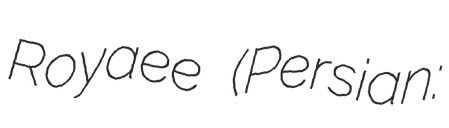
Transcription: Royaee (Persian: